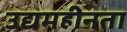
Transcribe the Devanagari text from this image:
उद्यमहीनता